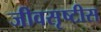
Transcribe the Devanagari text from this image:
जीवसृष्टीस